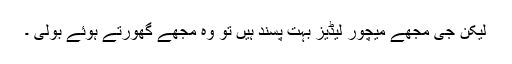
لیکن جی مجھے میچور لیڈیز بہت پسند ہیں تو وہ مجھے گھورتے ہوئے بولی ۔